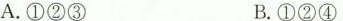
A. ①②③ B. ①②④